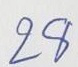
28